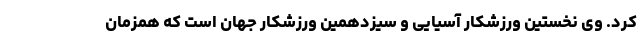
کرد. وی نخستین ورزشکار آسیایی و سیزدهمین ورزشکار جهان است که همزمان